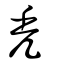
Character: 禿